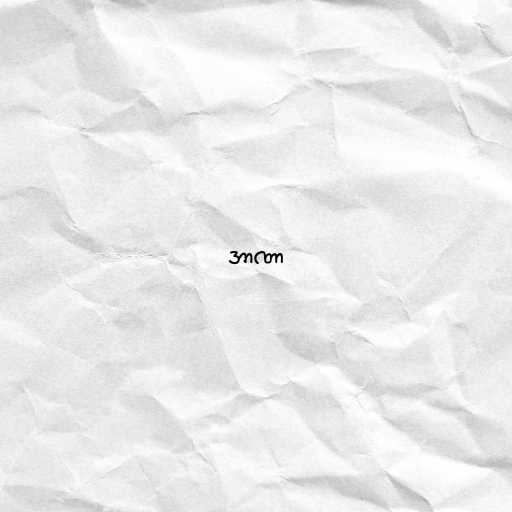
အာဏာ